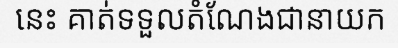
នេះ គាត់ទទួលតំណែងជានាយក